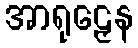
အာရုဠှေန